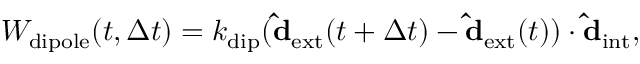
\begin{array} { r } { W _ { \mathrm { d i p o l e } } ( t , { \Delta } t ) = k _ { \mathrm { d i p } } ( \mathbf { \hat { d } _ { \mathrm { e x t } } } ( t + { \Delta } t ) - \mathbf { \hat { d } _ { \mathrm { e x t } } } ( t ) ) \cdot \mathbf { \hat { d } _ { \mathrm { i n t } } } , } \end{array}